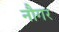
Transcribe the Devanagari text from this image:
नौगर